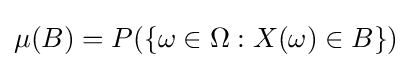
\mu (B)=P(\{\omega \in \Omega :X(\omega )\in B\})